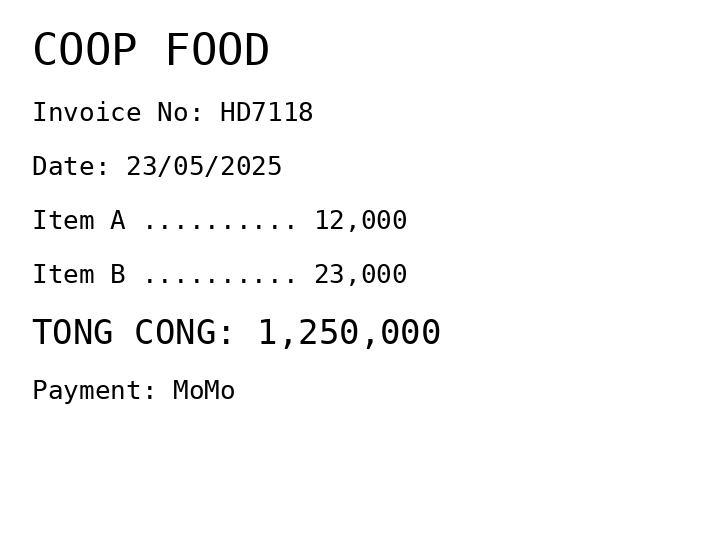
COOP FOOD
Invoice No: HD7118
Date: 23/05/2025
Item A .......... 12,000
Item B .......... 23,000
TONG CONG: 1,250,000
Payment: MoMo
Merchant: coop food
Date: 2025-05-23
Total: 1250000
Invoice No: HD7118
Payment method: MOMO